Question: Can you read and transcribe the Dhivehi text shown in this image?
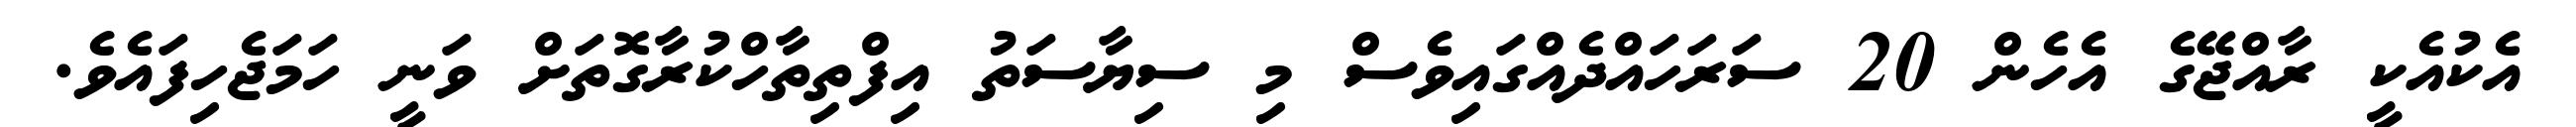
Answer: އެކުއެކީ ރާއްޖޭގެ އެހެން 20 ސަރަހައްދެއްގައިވެސް މި ސިޔާސަތު އިފްތިތާހްކުރާގޮތަށް ވަނީ ހަމަޖެހިފައެވެ.